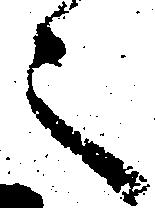
々